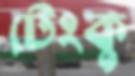
টেংকু